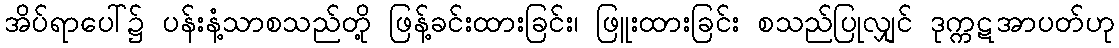
အိပ်ရာပေါ်၌ ပန်းနံ့သာစသည်တို့ ဖြန့်ခင်းထားခြင်း၊ ဖြူးထားခြင်း စသည်ပြုလျှင် ဒုက္ကဋအာပတ်ဟု